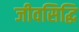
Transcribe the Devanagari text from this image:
जीवसिद्धि